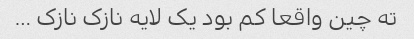
ته چین واقعا کم بود یک لایه نازک نازک …